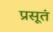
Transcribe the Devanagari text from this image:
प्रसूतं